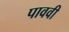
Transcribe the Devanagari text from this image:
पाववी